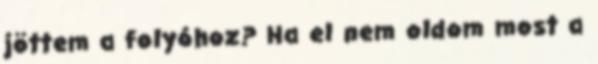
jöttem a folyóhoz? Ha el nem oldom most a